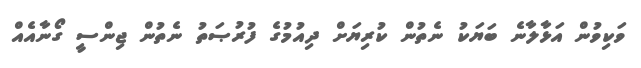
ވަކިވުން އަޅާލާނެ ބަޔަކު ނެތުން ކުރިޔަށް ދިއުމުގެ ފުރުޞަތު ނެތުން ޖިންސީ ގޯނާއެއް